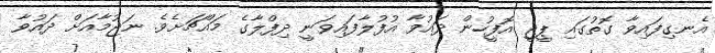
އެނގިފައިވާ ގޮތުގައި ޕީޖީ އޮފީހުން ދައުވާ އުފުލާފައިވަނީ ދިފްލާގެ މައްޗަށެވެ. ނަޖުމާއަށް ދައުވާ